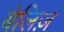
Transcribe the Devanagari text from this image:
बेलिज़ं